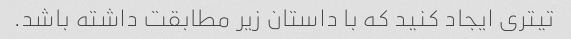
تیتری ایجاد کنید که با داستان زیر مطابقت داشته باشد.